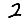
Digit: 2